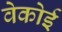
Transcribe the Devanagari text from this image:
वेकोई